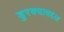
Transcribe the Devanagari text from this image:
डुरक्याबद्दल